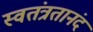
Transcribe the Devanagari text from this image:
स्वतंत्रतानंद